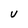
Character: U